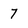
Character: 7